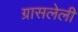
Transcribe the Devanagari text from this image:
ग्रासलेली